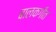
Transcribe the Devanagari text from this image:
बालकगीत